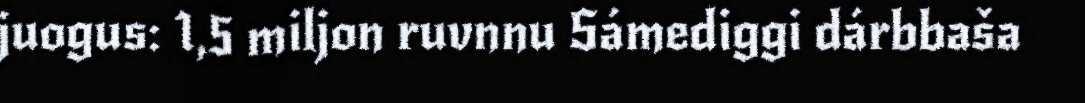
juogus: 1,5 miljon ruvnnu Sámediggi dárbbaša